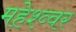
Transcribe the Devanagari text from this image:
महेश्व्वर